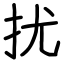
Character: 扰